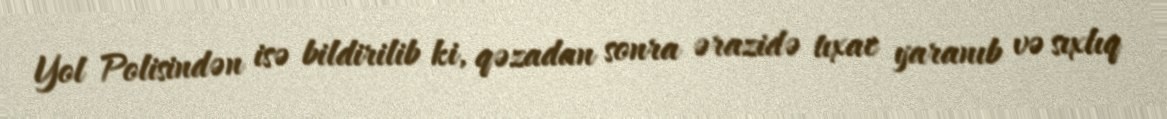
Yol Polisindən isə bildirilib ki, qəzadan sonra ərazidə tıxac yaranıb və sıxlıq